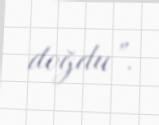
doğdu”.